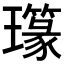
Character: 𤪪